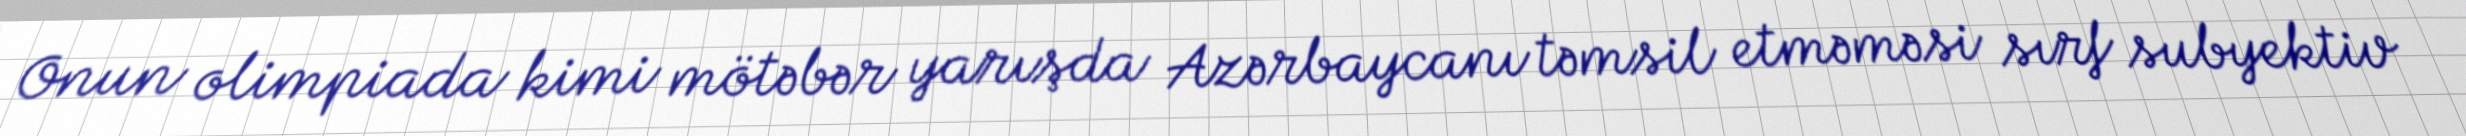
Onun olimpiada kimi mötəbər yarışda Azərbaycanı təmsil etməməsi sırf subyektiv